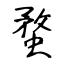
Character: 蝥